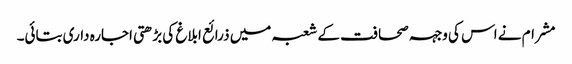
مشرام نے اس کی وجہہ صحافت کے شعبہ میں ذرائع ابلاغ کی بڑھتی اجارہ داری بتائی۔